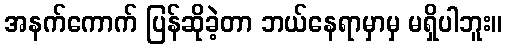
အနက်ကောက် ပြန်ဆိုခဲ့တာ ဘယ်နေရာမှာမှ မရှိပါဘူး။